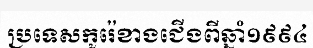
ប្រទេសកូរ៉េខាងជើងពីឆ្នាំ១៩៩៤